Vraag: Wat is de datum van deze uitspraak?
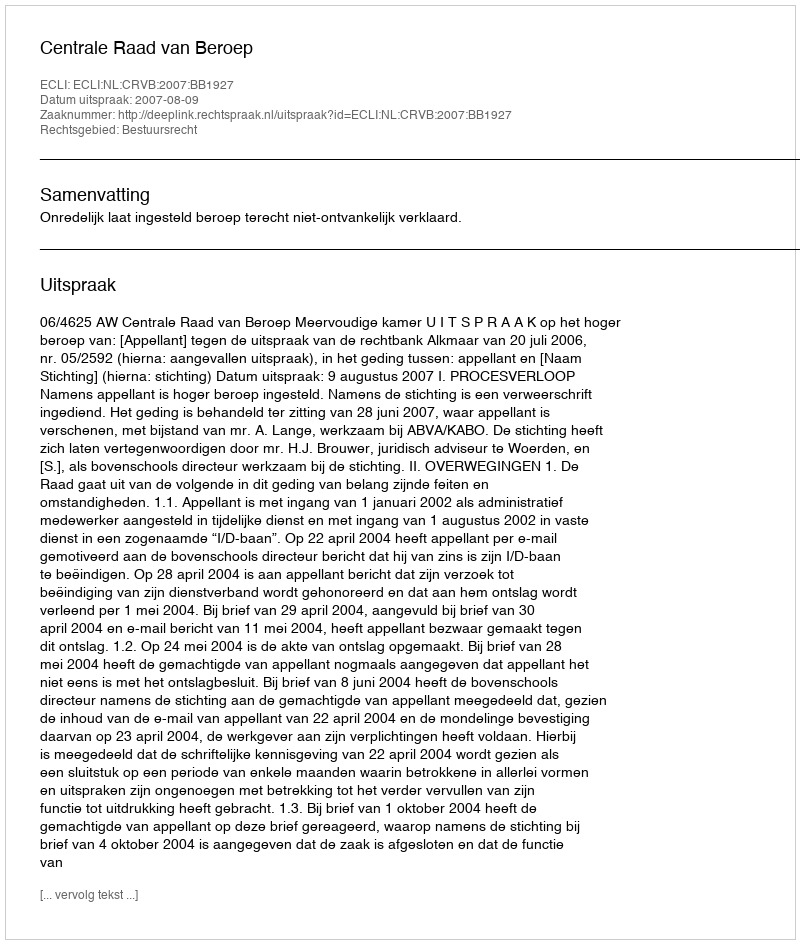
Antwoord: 2007-08-09